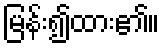
မြန်း၍ထား၏။